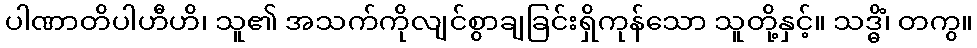
ပါဏာတိပါဟီဟိ၊ သူ၏ အသက်ကိုလျင်စွာချခြင်းရှိကုန်သော သူတို့နှင့်။ သဒ္ဓိံ၊ တကွ။